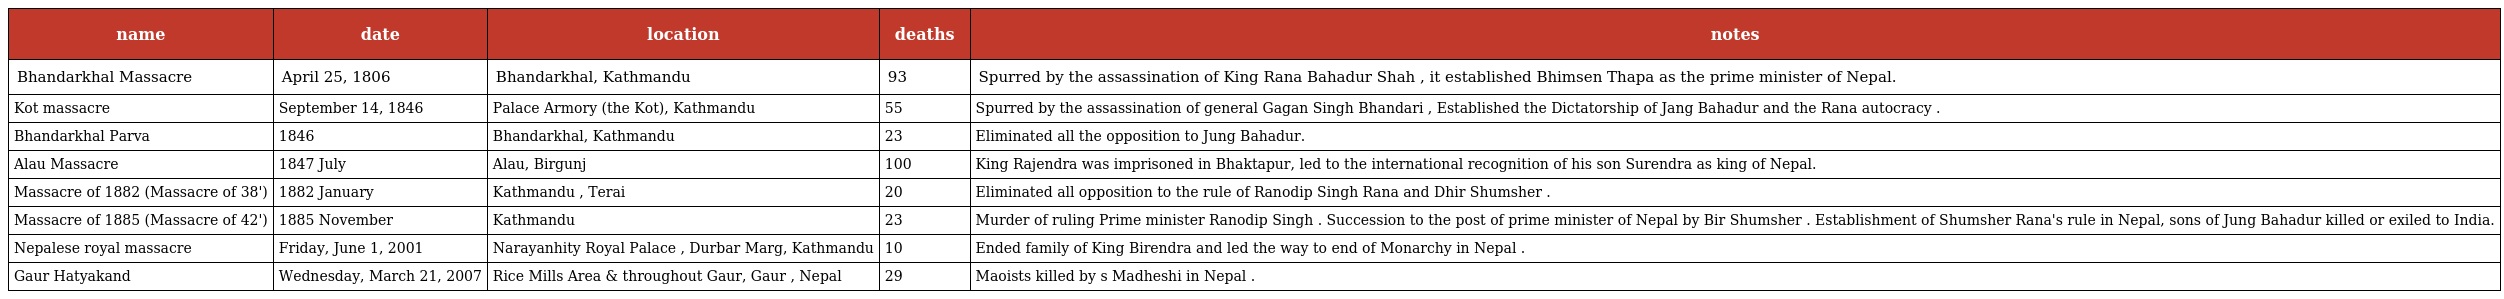
| name | date | location | deaths | notes |
 | --- | --- | --- | --- | --- |
 | Bhandarkhal Massacre | April 25, 1806 | Bhandarkhal, Kathmandu | 93 | Spurred by the assassination of King Rana Bahadur Shah , it established Bhimsen Thapa as the prime minister of Nepal. |
 | Kot massacre | September 14, 1846 | Palace Armory (the Kot), Kathmandu | 55 | Spurred by the assassination of general Gagan Singh Bhandari , Established the Dictatorship of Jang Bahadur and the Rana autocracy . |
 | Bhandarkhal Parva | 1846 | Bhandarkhal, Kathmandu | 23 | Eliminated all the opposition to Jung Bahadur. |
 | Alau Massacre | 1847 July | Alau, Birgunj | 100 | King Rajendra was imprisoned in Bhaktapur, led to the international recognition of his son Surendra as king of Nepal. |
 | Massacre of 1882 (Massacre of 38') | 1882 January | Kathmandu , Terai | 20 | Eliminated all opposition to the rule of Ranodip Singh Rana and Dhir Shumsher . |
 | Massacre of 1885 (Massacre of 42') | 1885 November | Kathmandu | 23 | Murder of ruling Prime minister Ranodip Singh . Succession to the post of prime minister of Nepal by Bir Shumsher . Establishment of Shumsher Rana's rule in Nepal, sons of Jung Bahadur killed or exiled to India. |
 | Nepalese royal massacre | Friday, June 1, 2001 | Narayanhity Royal Palace , Durbar Marg, Kathmandu | 10 | Ended family of King Birendra and led the way to end of Monarchy in Nepal . |
 | Gaur Hatyakand | Wednesday, March 21, 2007 | Rice Mills Area & throughout Gaur, Gaur , Nepal | 29 | Maoists killed by s Madheshi in Nepal . |